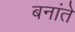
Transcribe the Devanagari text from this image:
बनांते